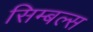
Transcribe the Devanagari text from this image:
सिम्बल्स